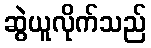
ဆွဲယူလိုက်သည်